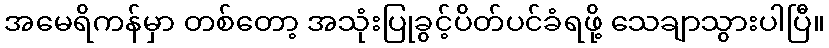
အမေရိကန်မှာ တစ်တော့ အသုံးပြုခွင့်ပိတ်ပင်ခံရဖို့ သေချာသွားပါပြီ။